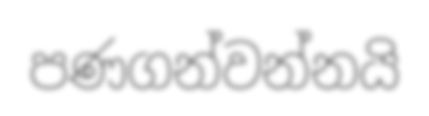
පණගන්වන්නයි